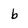
Character: b